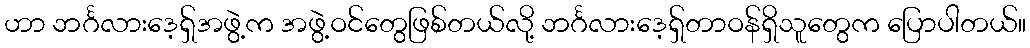
ဟာ ဘင်္ဂလားဒေ့ရှ်အဖွဲ့က အဖွဲ့ဝင်တွေဖြစ်တယ်လို့ ဘင်္ဂလားဒေ့ရှ်တာဝန်ရှိသူတွေက ပြောပါတယ်။